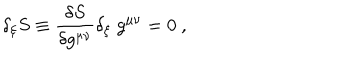
\delta _ { \xi } S \equiv { \frac { \delta S } { \delta g ^ { \mu \nu } } } \delta _ { \xi } \; g ^ { \mu \nu } = 0 \ ,